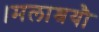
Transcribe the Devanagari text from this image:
।मलाश्रयौ